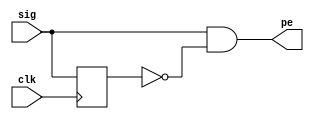
// This program was cloned from: https://github.com/janschiefer/verilog_spi
// License: GNU Lesser General Public License v2.1

`default_nettype none
`timescale 1ns/1ps

module pos_edge_det ( input sig,            // Input signal for which positive edge has to be detected
                      input clk,            // Input signal for clock
                      output pe);           // Output signal that gives a pulse when a positive edge occurs
 
    reg   sig_dly;                          // Internal signal to store the delayed version of signal
 
    // This always block ensures that sig_dly is exactly 1 clock behind sig
  always @ (posedge clk) begin
    sig_dly <= sig;
  end
 
    // Combinational logic where sig is AND with delayed, inverted version of sig
    // Assign statement assigns the evaluated expression in the RHS to the internal net pe
  assign pe = sig & ~sig_dly;            
endmodule